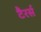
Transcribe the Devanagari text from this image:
टैरर्स